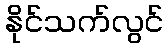
နိုင်သက်လွင်